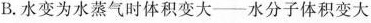
B.水变为水蒸气时体积变大——水分子体积变大